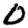
Digit: 0